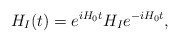
\begin{align*}H_I(t)=e^{iH_0t} H_I e^{-i H_0 t},\end{align*}